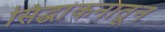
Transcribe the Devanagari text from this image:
सिद्धांकनातून